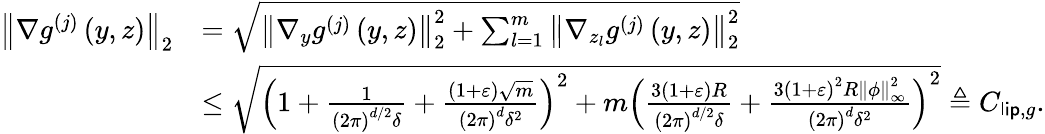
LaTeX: \begin{array}{rl}{\left\Vert\nabla g^{(j)}\left(y,z\right)\right\Vert_{2}}&{=\sqrt{\left\Vert\nabla_{y}g^{(j)}\left(y,z\right)\right\Vert_{2}^{2}+\sum_{l=1}^{m}\left\Vert\nabla_{z_{l}}g^{(j)}\left(y,z\right)\right\Vert_{2}^{2}}}\\ &{\leq\sqrt{\left(1+\frac{1}{\left(2\pi\right)^{d/2}\delta}+\frac{\left(1+\varepsilon\right)\sqrt{m}}{\left(2\pi\right)^{d}\delta^{2}}\right)^{2}+m\left(\frac{3\left(1+\varepsilon\right)R}{\left(2\pi\right)^{d/2}\delta}+\frac{3\left(1+\varepsilon\right)^{2}R\left\Vert\phi\right\Vert_{\infty}^{2}}{\left(2\pi\right)^{d}\delta^{2}}\right)^{2}}\triangleq C_{\mathsf{lip},g}.}\end{array}